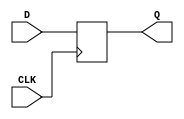
// ----------------------------------------------------------------------
// Copyright (c) 2016, The Regents of the University of California All
// rights reserved.
// 
// Redistribution and use in source and binary forms, with or without
// modification, are permitted provided that the following conditions are
// met:
// 
//     * Redistributions of source code must retain the above copyright
//       notice, this list of conditions and the following disclaimer.
// 
//     * Redistributions in binary form must reproduce the above
//       copyright notice, this list of conditions and the following
//       disclaimer in the documentation and/or other materials provided
//       with the distribution.
// 
//     * Neither the name of The Regents of the University of California
//       nor the names of its contributors may be used to endorse or
//       promote products derived from this software without specific
//       prior written permission.
// 
// THIS SOFTWARE IS PROVIDED BY THE COPYRIGHT HOLDERS AND CONTRIBUTORS
// "AS IS" AND ANY EXPRESS OR IMPLIED WARRANTIES, INCLUDING, BUT NOT
// LIMITED TO, THE IMPLIED WARRANTIES OF MERCHANTABILITY AND FITNESS FOR
// A PARTICULAR PURPOSE ARE DISCLAIMED. IN NO EVENT SHALL REGENTS OF THE
// UNIVERSITY OF CALIFORNIA BE LIABLE FOR ANY DIRECT, INDIRECT,
// INCIDENTAL, SPECIAL, EXEMPLARY, OR CONSEQUENTIAL DAMAGES (INCLUDING,
// BUT NOT LIMITED TO, PROCUREMENT OF SUBSTITUTE GOODS OR SERVICES; LOSS
// OF USE, DATA, OR PROFITS; OR BUSINESS INTERRUPTION) HOWEVER CAUSED AND
// ON ANY THEORY OF LIABILITY, WHETHER IN CONTRACT, STRICT LIABILITY, OR
// TORT (INCLUDING NEGLIGENCE OR OTHERWISE) ARISING IN ANY WAY OUT OF THE
// USE OF THIS SOFTWARE, EVEN IF ADVISED OF THE POSSIBILITY OF SUCH
// DAMAGE.
// ----------------------------------------------------------------------
//----------------------------------------------------------------------------
// Version:				1.00.a
// Verilog Standard:	Verilog-2001
// Description:			A D/Q flip flop.
// History:				@mattj: Version 2.0
//-----------------------------------------------------------------------------
`timescale 1ns/1ns
module ff
    (
     input      CLK,
     input      D,
     output reg Q
     );
    always @ (posedge CLK) begin 
	    Q <= #1 D; 
    end
endmodule